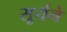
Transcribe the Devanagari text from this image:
सूर्यने